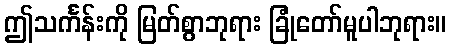
ဤသင်္ကန်းကို မြတ်စွာဘုရား ခြုံတော်မူပါဘုရား။